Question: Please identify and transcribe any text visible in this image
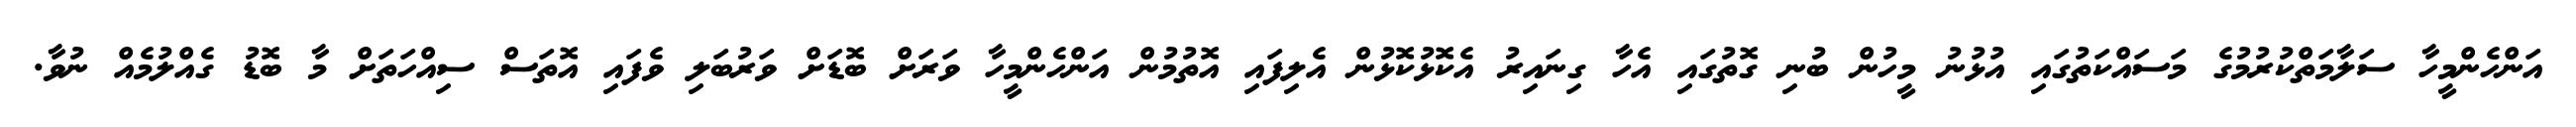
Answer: އަންހެންމީހާ ސަލާމަތްކުރުމުގެ މަސައްކަތުގައި އުޅުނު މީހުން ބުނި ގޮތުގައި އެހާ ގިނައިރު އެކޮޅުކޮޅުން އެލިފައި އޮތުމުން އަންހެންމީހާ ވަރަށް ބޮޑަށް ވަރުބަލި ވެފައި އޮތަސް ސިއްހަތަށް މާ ބޮޑު ގެއްލުމެއް ނުވާ.